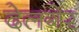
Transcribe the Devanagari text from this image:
देलगेर